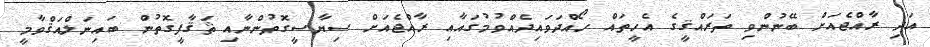
އަދި ރާއްޖެއަށް ބޭނުންވި ތަރައްޤީގެ އެހީތައް ހޯއްދަވައިދެއްވުމުގައާއި ރާއްޖެއަށް ސިޔާސީގޮތުންނާއި ޘަޤާފީގޮތުން ބައިނަލްއަޤްވާމީ